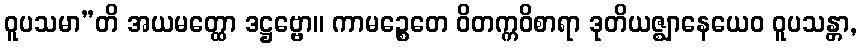
ဝူပသမာ”တိ အယမတ္ထော ဒဋ္ဌဗ္ဗော။ ကာမဉ္စေတေ ဝိတက္ကဝိစာရာ ဒုတိယဇ္ဈာနေယေဝ ဝူပသန္တာ,